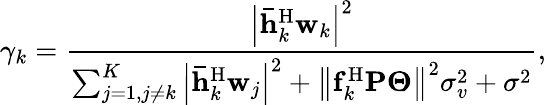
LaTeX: {\gamma_{k}}=\frac{{{{\left|{{{\mathbf{\bar{h}}}_{k}^{\mathrm{H}}}{{\mathbf{w}}_{k}}}\right|}^{2}}}}{{\sum_{j=1,j\ne k}^{K}{{{\left|{{{\mathbf{\bar{h}}}_{k}^{\mathrm{H}}}{{\mathbf{w}}_{j}}}\right|}^{2}}}+{{\left\| {{{\mathbf{f}}_{k}^{\mathrm{H}}}{{\mathbf{P}}}{{\mathbf{\Theta}}}}\right\| }^{2}}\sigma_{v}^{2}+{\sigma^{2}}}},